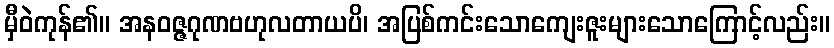
မှီဝဲကုန်၏။ အနဝဇ္ဇဂုဏဗဟုလတာယပိ၊ အပြစ်ကင်းသောကျေးဇူးများသောကြောင့်လည်း။